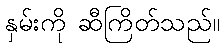
နှမ်းကို ဆီကြိတ်သည်။